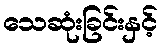
သေဆုံးခြင်းနှင့်